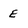
Character: E